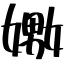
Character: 嫐